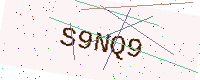
Text: S9NQ9